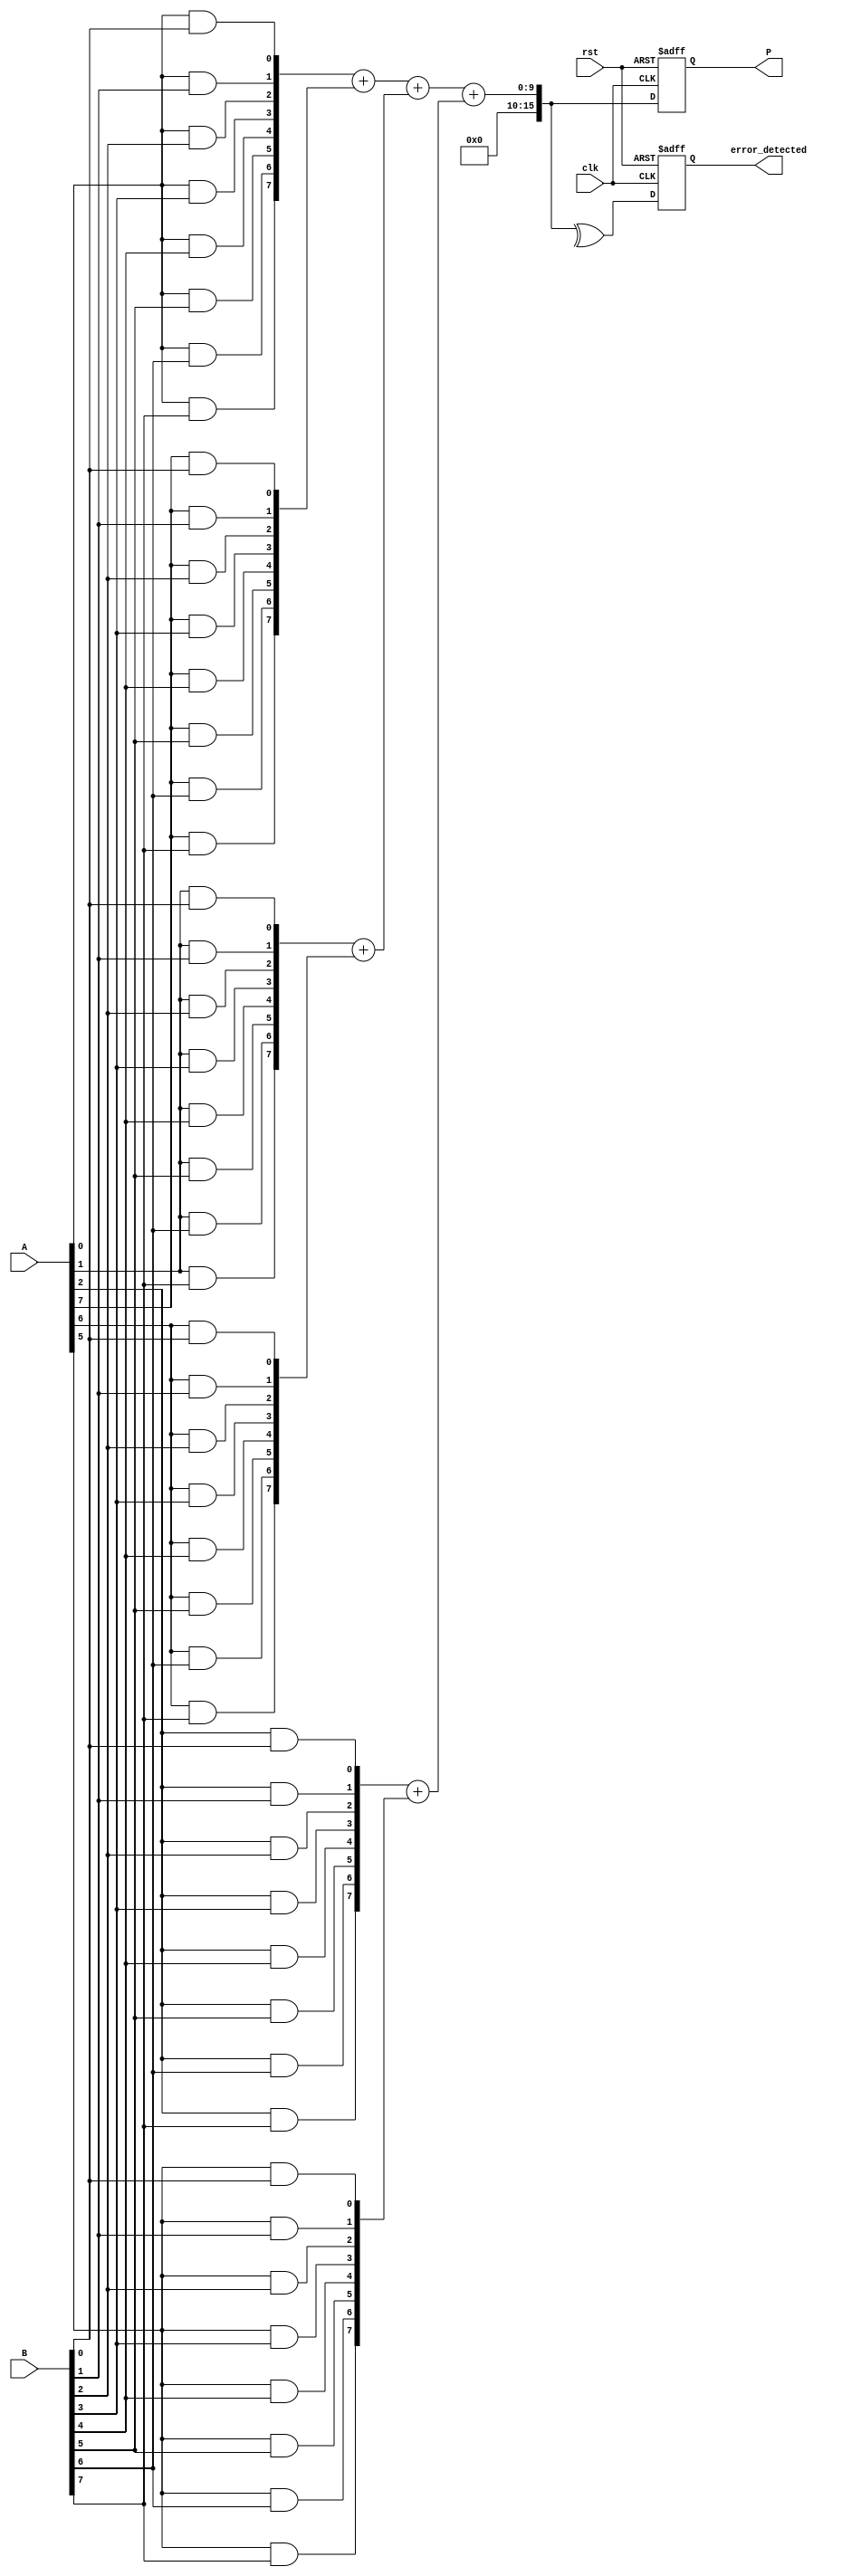
module FaultTolerantWallaceTreeMultiplier #(parameter N = 8) (
    input  wire [N-1:0] A,
    input  wire [N-1:0] B,
    input  wire clk,
    input  wire rst,
    output reg  [2*N-1:0] P,
    output reg  error_detected
);

    // Generate partial products
    wire [N-1:0] pp [0:N-1]; // Partial products
    wire [N-1:0] pp_red [0:N-1]; // Redundant partial products

    genvar i, j;
    generate
        for (i = 0; i < N; i = i + 1) begin : gen_partial_products
            for (j = 0; j < N; j = j + 1) begin : gen_pp
                assign pp[i][j] = A[i] & B[j]; // Generate partial product
                assign pp_red[i][j] = A[N-1-i] & B[j]; // Redundant partial product
            end
        end
    endgenerate

    // Wallace Tree Reduction
    wire [N-1:0] sum [0:N-1]; // Sums at each level
    wire [N-1:0] carry [0:N-1]; // Carries at each level

    // Level 1: Combine partial products
    generate
        for (i = 0; i < N; i = i + 1) begin : wallace_level1
            // Simple CSA for two inputs (expand as needed)
            assign {carry[i], sum[i]} = pp[i] + pp_red[i];
        end
    endgenerate

    // Further levels of reduction would go here...
    // For simplicity, we will assume a direct addition for the final stage

    // Final addition stage
    wire [2*N-1:0] final_sum;
    wire [2*N-1:0] final_carry;

    assign {final_carry, final_sum} = {1'b0, sum[0]} + {1'b0, sum[1]} + {1'b0, sum[2]}; // Example for 3 sums

    // Error detection (simple parity check for demonstration)
    always @(posedge clk or posedge rst) begin
        if (rst) begin
            P <= 0;
            error_detected <= 0;
        end else begin
            P <= final_sum; // Assign product
            // Simple error detection logic (parity check)
            error_detected <= ^final_sum; // Example: XOR all bits for parity
        end
    end

endmodule